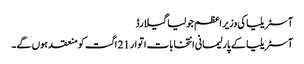
آسٹریلیا کی وزیر اعظم جولیا گیلارڈ
آسٹریلیا کے پارلیمانی انتخابات اتوار 21 اگست کو منعقد ہوں گے۔